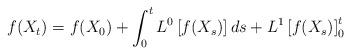
\begin{align*}f(X_t)=f(X_0)+\int_0^t L^0\left[f(X_s)\right]ds + L^1\left[f(X_s)\right]_0^t\end{align*}